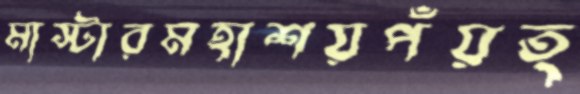
মাস্টারমহাশয়পঁয়ত্